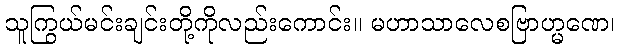
သူကြွယ်မင်းချင်းတို့ကိုလည်းကောင်း။ မဟာသာလေစဗြာဟ္မဏေ၊